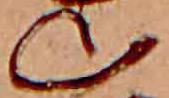
山